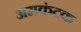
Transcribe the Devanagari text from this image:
अमकंटक